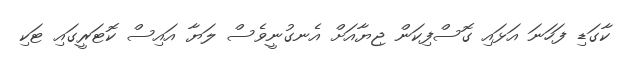
ކާގަޑި ފަހަނަ އަޅައި ގޮސްފިކަން ޖިޔާއަށް އެނގުނީވެސް ލަޔާ އައިސް ކޮޓަރީގައި ޓަކި